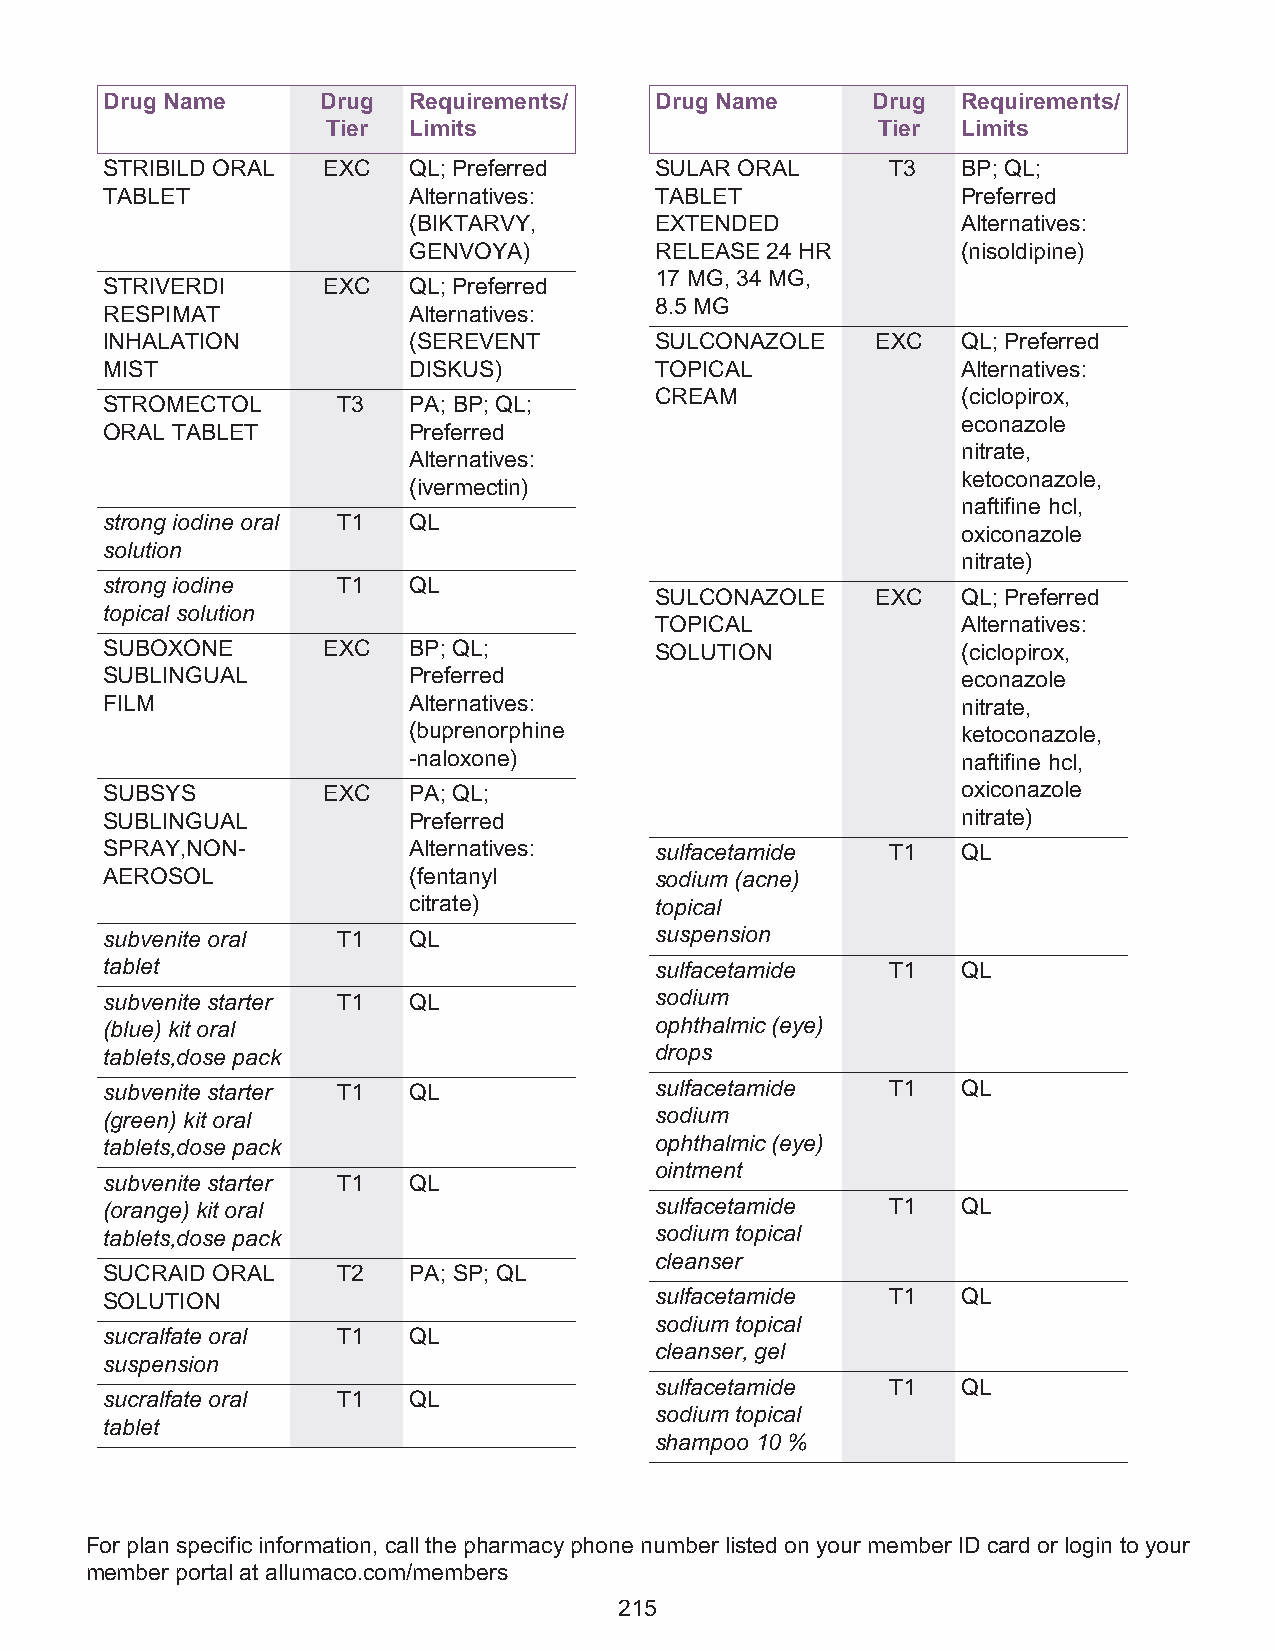
Drug Name     Drug  Requirements/   Drug Name      Drug  Requirements/
 Tier Limits                         Tier  Limits
 STRIBILD ORAL EXC   QL; Preferred   SULAR ORAL      T3   BP; QL;
 TABLET              Alternatives:   TABLET               Preferred
 (BIKTARVY,      EXTENDED             Alternatives:
 GENVOYA)        RELEASE 24 HR        (nisoldipine)
 17 MG, 34 MG,
 STRIVERDI     EXC   QL; Preferred
 8.5 MG
 RESPIMAT            Alternatives:
 INHALATION          (SEREVENT       SULCONAZOLE    EXC   QL; Preferred
 MIST                DISKUS)         TOPICAL              Alternatives:
 CREAM                (ciclopirox,
 STROMECTOL     T3   PA; BP; QL;
 econazole
 ORAL TABLET         Preferred
 nitrate,
 Alternatives:
 ketoconazole,
 (ivermectin)
 naftifine hcl,
 strong iodine oral T1 QL
 oxiconazole
 solution
 nitrate)
 strong iodine  T1   QL
 SULCONAZOLE    EXC   QL; Preferred
 topical solution
 TOPICAL              Alternatives:
 SUBOXONE      EXC   BP; QL;         SOLUTION             (ciclopirox,
 SUBLINGUAL          Preferred                            econazole
 FILM                Alternatives:                        nitrate,
 (buprenorphine                       ketoconazole,
 -naloxone)                           naftifine hcl,
 SUBSYS        EXC   PA; QL;                              oxiconazole
 SUBLINGUAL          Preferred                            nitrate)
 SPRAY,NON-          Alternatives:   sulfacetamide   T1   QL
 AEROSOL             (fentanyl       sodium (acne)
 citrate)        topical
 subvenite oral T1   QL              suspension
 tablet                              sulfacetamide   T1   QL
 subvenite starter T1 QL             sodium
 (blue) kit oral                     ophthalmic (eye)
 tablets,dose pack                   drops
 subvenite starter T1 QL             sulfacetamide   T1   QL
 (green) kit oral                    sodium
 tablets,dose pack                   ophthalmic (eye)
 ointment
 subvenite starter T1 QL
 (orange) kit oral                   sulfacetamide   T1   QL
 tablets,dose pack                   sodium topical
 cleanser
 SUCRAID ORAL   T2   PA; SP; QL
 SOLUTION                            sulfacetamide   T1   QL
 sodium topical
 sucralfate oral T1  QL
 cleanser, gel
 suspension
 sulfacetamide   T1   QL
 sucralfate oral T1  QL
 sodium topical
 tablet
 shampoo 10 %
 For plan specific information, call the pharmacy phone number listed on your member ID card or login to your
 member portal at allumaco.com/members
 215